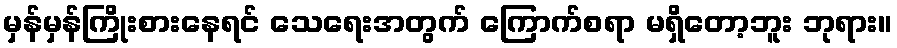
မှန်မှန်ကြိုးစားနေရင် သေရေးအတွက် ကြောက်စရာ မရှိတော့ဘူး ဘုရား။